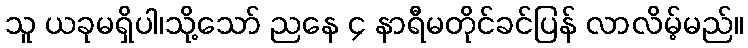
သူ ယခုမရှိပါ၊သို့သော် ညနေ ၄ နာရီမတိုင်ခင်ပြန် လာလိမ့်မည်။